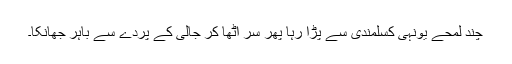
چند لمحے یونہی کسلمندی سے پڑا رہا پھر سر اٹھا کر جالی کے پردے سے باہر جھانکا۔